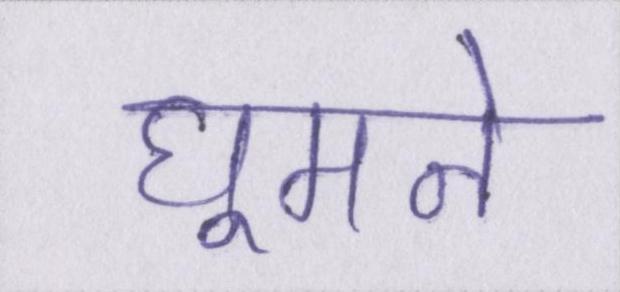
घूमने